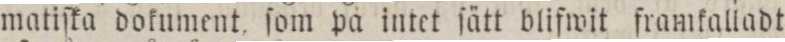
matiſka dokument ſom på intet ſätt blifwit framkalladt